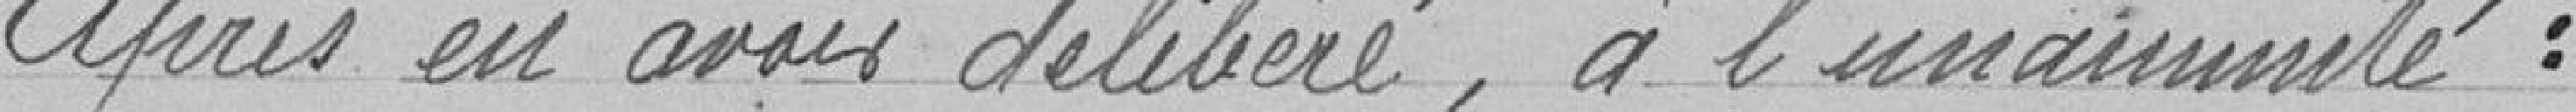
après en avoir délibéré, à l'unanimité